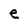
Character: e